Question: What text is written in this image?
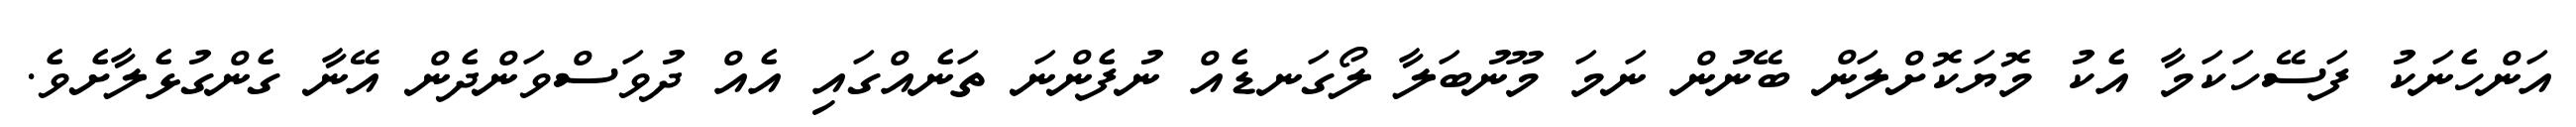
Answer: އަންހެނަކު ފަސޭހަކަމާ އެކު މޮޔަކޮށްލަން ބޭނުން ނަމަ މޫނުބަލާ ލޯގަނޑެއް ނުފެންނަ ތަނެއްގައި އެއް ދުވަސްވަންދެން އޭނާ ގެންގުޅެލާށެވެ.